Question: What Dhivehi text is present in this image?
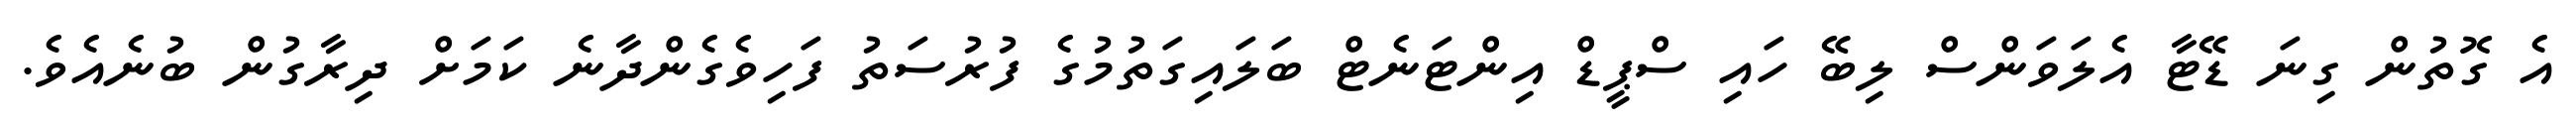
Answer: އެ ގޮތުން ގިނަ ޑޭޓާ އެލަވަންސް ލިބޭ ހައި ސްޕީޑް އިންޓަނެޓް ބަލައިގަތުމުގެ ފުރުސަތު ފަހިވެގެންދާނެ ކަމަށް ދިރާގުން ބުނެއެވެ.